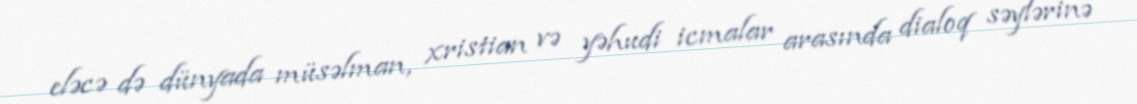
eləcə də dünyada müsəlman, xristian və yəhudi icmalar arasında dialoq səylərinə